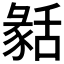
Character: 𦧬